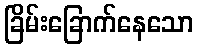
ခြိမ်းခြောက်နေသော